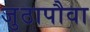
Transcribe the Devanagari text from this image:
जुठापौवा